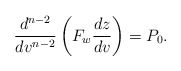
\begin{align*} \frac{d^{n-2}}{dv^{n-2}}\left(F_w\frac{dz}{dv}\right)=P_0.\end{align*}